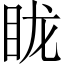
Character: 眬